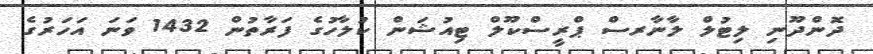
ދޮންދޫނި ލިޓުލް ލާނާރސް ޕްރީސްކޫލް ޓިއުޝަން ކުލާހުގެ ފަރާތުން 1432 ވަނަ އަހަރުގެ